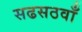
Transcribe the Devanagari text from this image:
सढसठवाँ